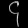
Digit: ၄